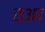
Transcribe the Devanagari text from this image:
सअद